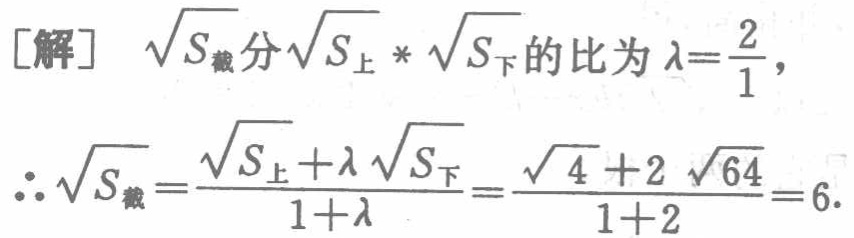
[解] $\sqrt{S_{截}}分\sqrt{S_{上}},\sqrt{S_{下}}$的比为$\lambda = \frac{2}{1}$,
$\therefore \sqrt{S_{截}} = \frac{\sqrt{S_{上}}+\lambda\sqrt{S_{下}}}{1 + \lambda}=\frac{\sqrt{4}+2\sqrt{64}}{1 + 2}=6.$